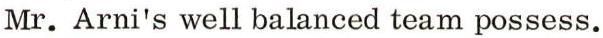
Mr. Arni's well balanced team possess.